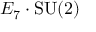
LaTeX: E _ { 7 } \cdot \mathrm { S U } ( 2 )